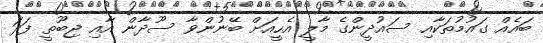
ބައެއް ގައުމުތަކާއި ސައުދީންގެ މާލީ އެހީއަށް ބޭނުންވާ ސޫދާން އާއި ޖިބޫތީ ފަދަ